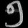
Digit: ၅